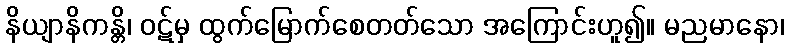
နိယျာနိကန္တိ၊ ဝဋ်မှ ထွက်မြောက်စေတတ်သော အကြောင်းဟူ၍။ မညမာနော၊